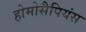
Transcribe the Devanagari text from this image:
होमोसैपियंस